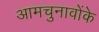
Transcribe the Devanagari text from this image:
आमचुनावोंके